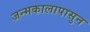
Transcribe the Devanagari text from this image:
जन्मकालापासुन